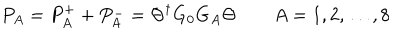
LaTeX: P _ { A } = P _ { A } ^ { + } + P _ { A } ^ { - } = \Theta ^ { \dagger } G _ { 0 } G _ { A } \Theta \qquad A = 1 , 2 , \dots , 8